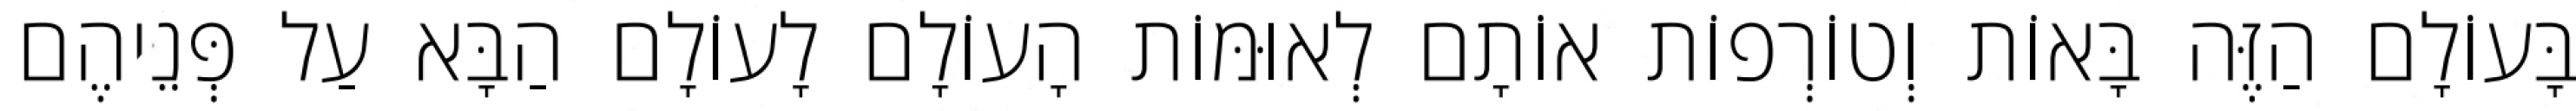
בָּעוֹלָם הַזֶּה בָּאוֹת וְטוֹרְפוֹת אוֹתָם לְאוּמּוֹת הָעוֹלָם לָעוֹלָם הַבָּא עַל פְּנֵיהֶם